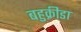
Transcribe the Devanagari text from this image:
बहुक्रीडा